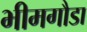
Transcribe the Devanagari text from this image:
भीमगौडा